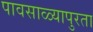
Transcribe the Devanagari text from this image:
पावसाळ्यापुरता